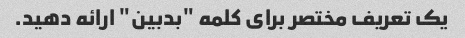
یک تعریف مختصر برای کلمه "بدبین" ارائه دهید.